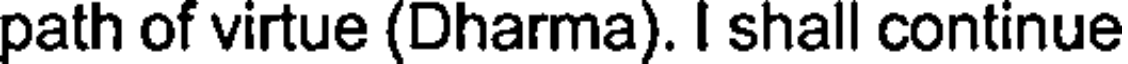
path of virtue (Dharma). I shall continue